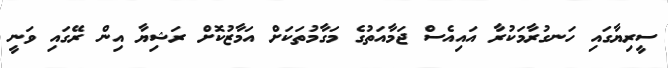
ސީރިޔާގައި ހަނގުރާމަކުރާ އައިއެސް ޖަމާއަތުގެ މަގާމުތަކަށް އަމާޒުކޮށް ރަޝިޔާ އިން ރޭގައި ވަނީ